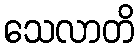
သေလာတိ